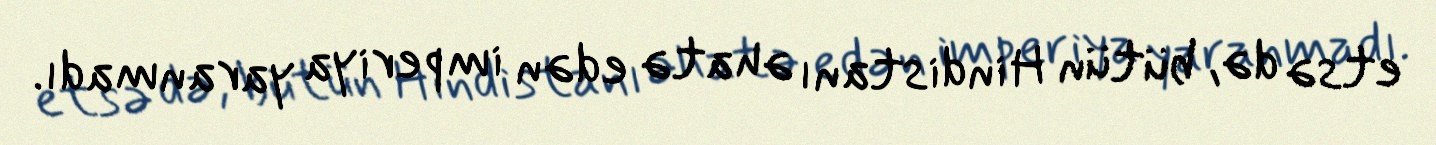
etsə də, bütün Hindistanı əhatə edən imperiya yaranmadı.